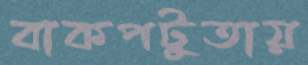
বাকপটুতায়